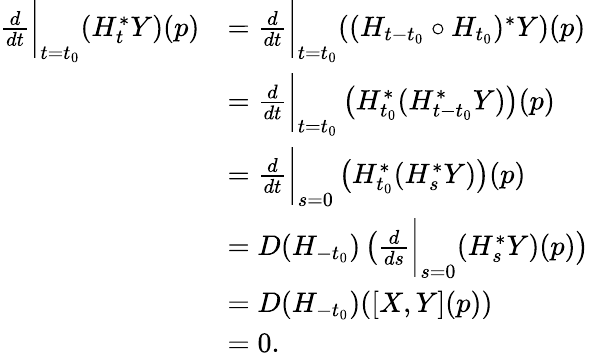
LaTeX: \begin{array}{rl}{\frac{d}{dt}\bigg\vert_{t=t_{0}}(H_{t}^{*}Y)(p)}&{=\frac{d}{dt}\bigg\vert_{t=t_{0}}((H_{t-t_{0}}\circ H_{t_{0}})^{*}Y)(p)}\\ &{=\frac{d}{dt}\bigg\vert_{t=t_{0}}\left(H_{t_{0}}^{*}(H_{t-t_{0}}^{*}Y)\right)(p)}\\ &{=\frac{d}{dt}\bigg\vert_{s=0}\left(H_{t_{0}}^{*}(H_{s}^{*}Y)\right)(p)}\\ &{=D(H_{-t_{0}})\left(\frac{d}{ds}\bigg\vert_{s=0}(H_{s}^{*}Y)(p)\right)}\\ &{=D(H_{-t_{0}})([X,Y](p))}\\ &{=0.}\end{array}